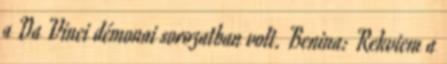
a Da Vinci démonai sorozatban volt. Benina: Rekviem a